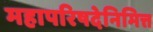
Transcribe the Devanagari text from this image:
महापरिषदेनिमित्त